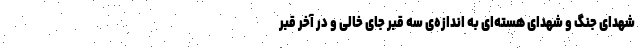
شهدای جنگ و شهدای هسته‌ای به اندازه‌ی سه قبر جای خالی و در آخر قبر